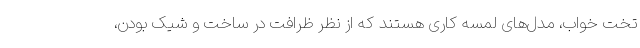
تخت خواب، مدل‌های لمسه کاری هستند که از نظر ظرافت در ساخت و شیک بودن،